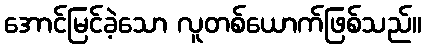
အောင်မြင်ခဲ့သော လူတစ်ယောက်ဖြစ်သည်။